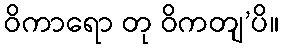
ဝိကာရော တု ဝိကတျ’ပိ။